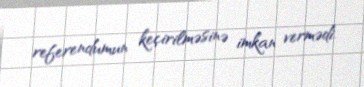
referendumun keçirilməsinə imkan vermədi.